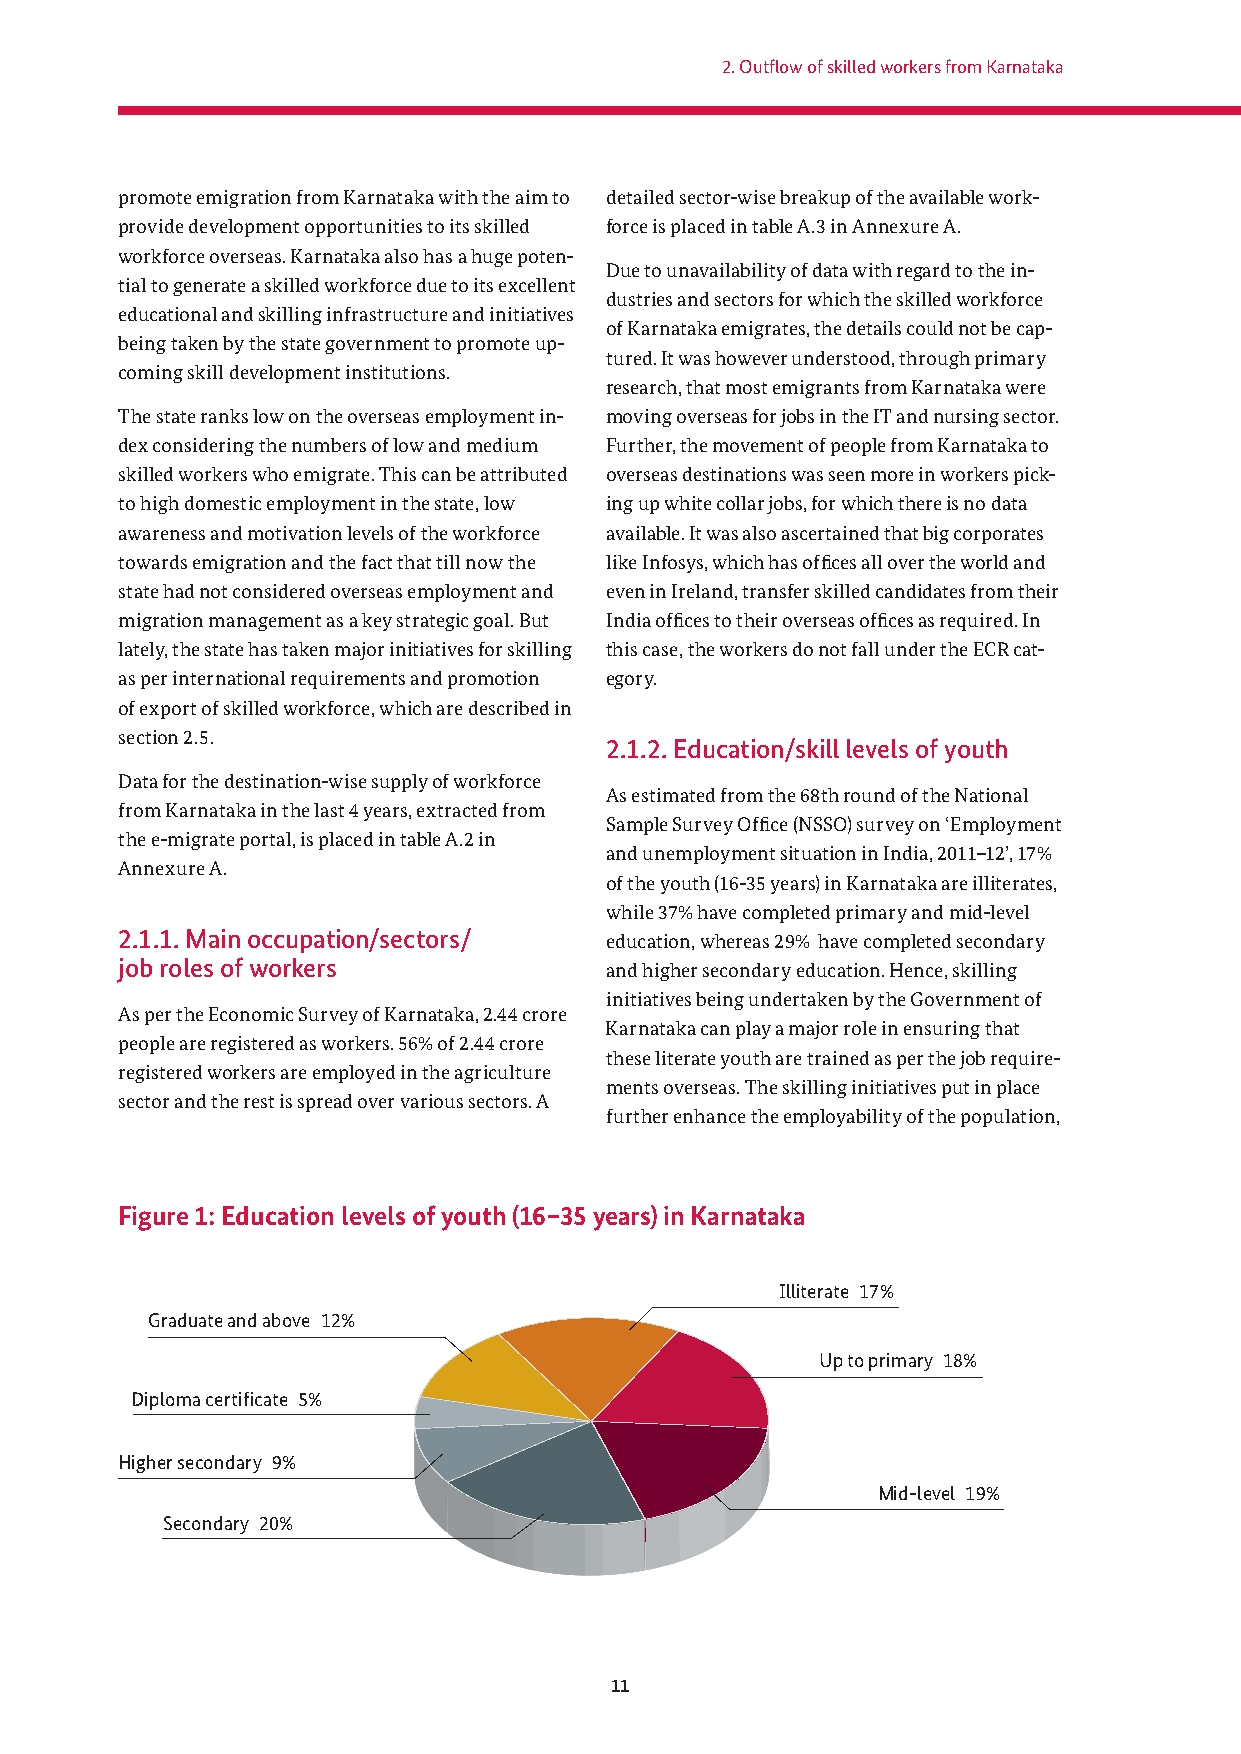
2. Outfl ow of skilled workers from Karnataka
 promote emigration from Karnataka with the aim to detailed sector-wise breakup of the available work-
 provide development opportunities to its skilled force is placed in table A.3 in Annexure A.
 workforce overseas. Karnataka also has a huge poten-
 Due to unavailability of data with regard to the in-
 tial to generate a skilled workforce due to its excellent
 dustries and sectors for which the skilled workforce
 educational and skilling infrastructure and initiatives
 of Karnataka emigrates, the details could not be cap-
 being taken by the state government to promote up-
 tured. It was however understood, through primary
 coming skill development institutions.
 research, that most emigrants from Karnataka were
 The state ranks low on the overseas employment in- moving overseas for jobs in the IT and nursing sector.
 dex considering the numbers of low and medium Further, the movement of people from Karnataka to
 skilled workers who emigrate. This can be attributed overseas destinations was seen more in workers pick-
 to high domestic employment in the state, low ing up white collar jobs, for which there is no data
 awareness and motivation levels of the workforce available. It was also ascertained that big corporates
 towards emigration and the fact that till now the like Infosys, which has offi ces all over the world and
 state had not considered overseas employment and even in Ireland, transfer skilled candidates from their
 migration management as a key strategic goal. But India offi ces to their overseas offi ces as required. In
 lately, the state has taken major initiatives for skilling this case, the workers do not fall under the ECR cat-
 as per international requirements and promotion egory.
 of export of skilled workforce, which are described in
 section 2.5.
 2.1.2. Education/skill levels of youth
 Data for the destination-wise supply of workforce
 As estimated from the 68th round of the National
 from Karnataka in the last 4 years, extracted from
 Sample Survey Offi ce (NSSO) survey on ‘Employment
 the e-migrate portal, is placed in table A.2 in
 and unemployment situation in India, 2011–12’, 17%
 Annexure A.
 of the youth (16-35 years) in Karnataka are illiterates,
 while 37% have completed primary and mid-level
 2.1.1. Main occupation/sectors/ education, whereas 29% have completed secondary
 job roles of workers            and higher secondary education. Hence, skilling
 initiatives being undertaken by the Government of
 As per the Economic Survey of Karnataka, 2.44 crore
 Karnataka can play a major role in ensuring that
 people are registered as workers. 56% of 2.44 crore
 these literate youth are trained as per the job require-
 registered workers are employed in the agriculture
 ments overseas. The skilling initiatives put in place
 sector and the rest is spread over various sectors. A
 further enhance the employability of the population,
 Figure 1: Education levels of youth (16–35 years) in Karnataka
 Illiterate 17%
 Graduate and above 12%
 Up to primary 18%
 Diploma certifi cate 5%
 Higher secondary 9%
 Mid-level 19%
 Secondary 20%
 11